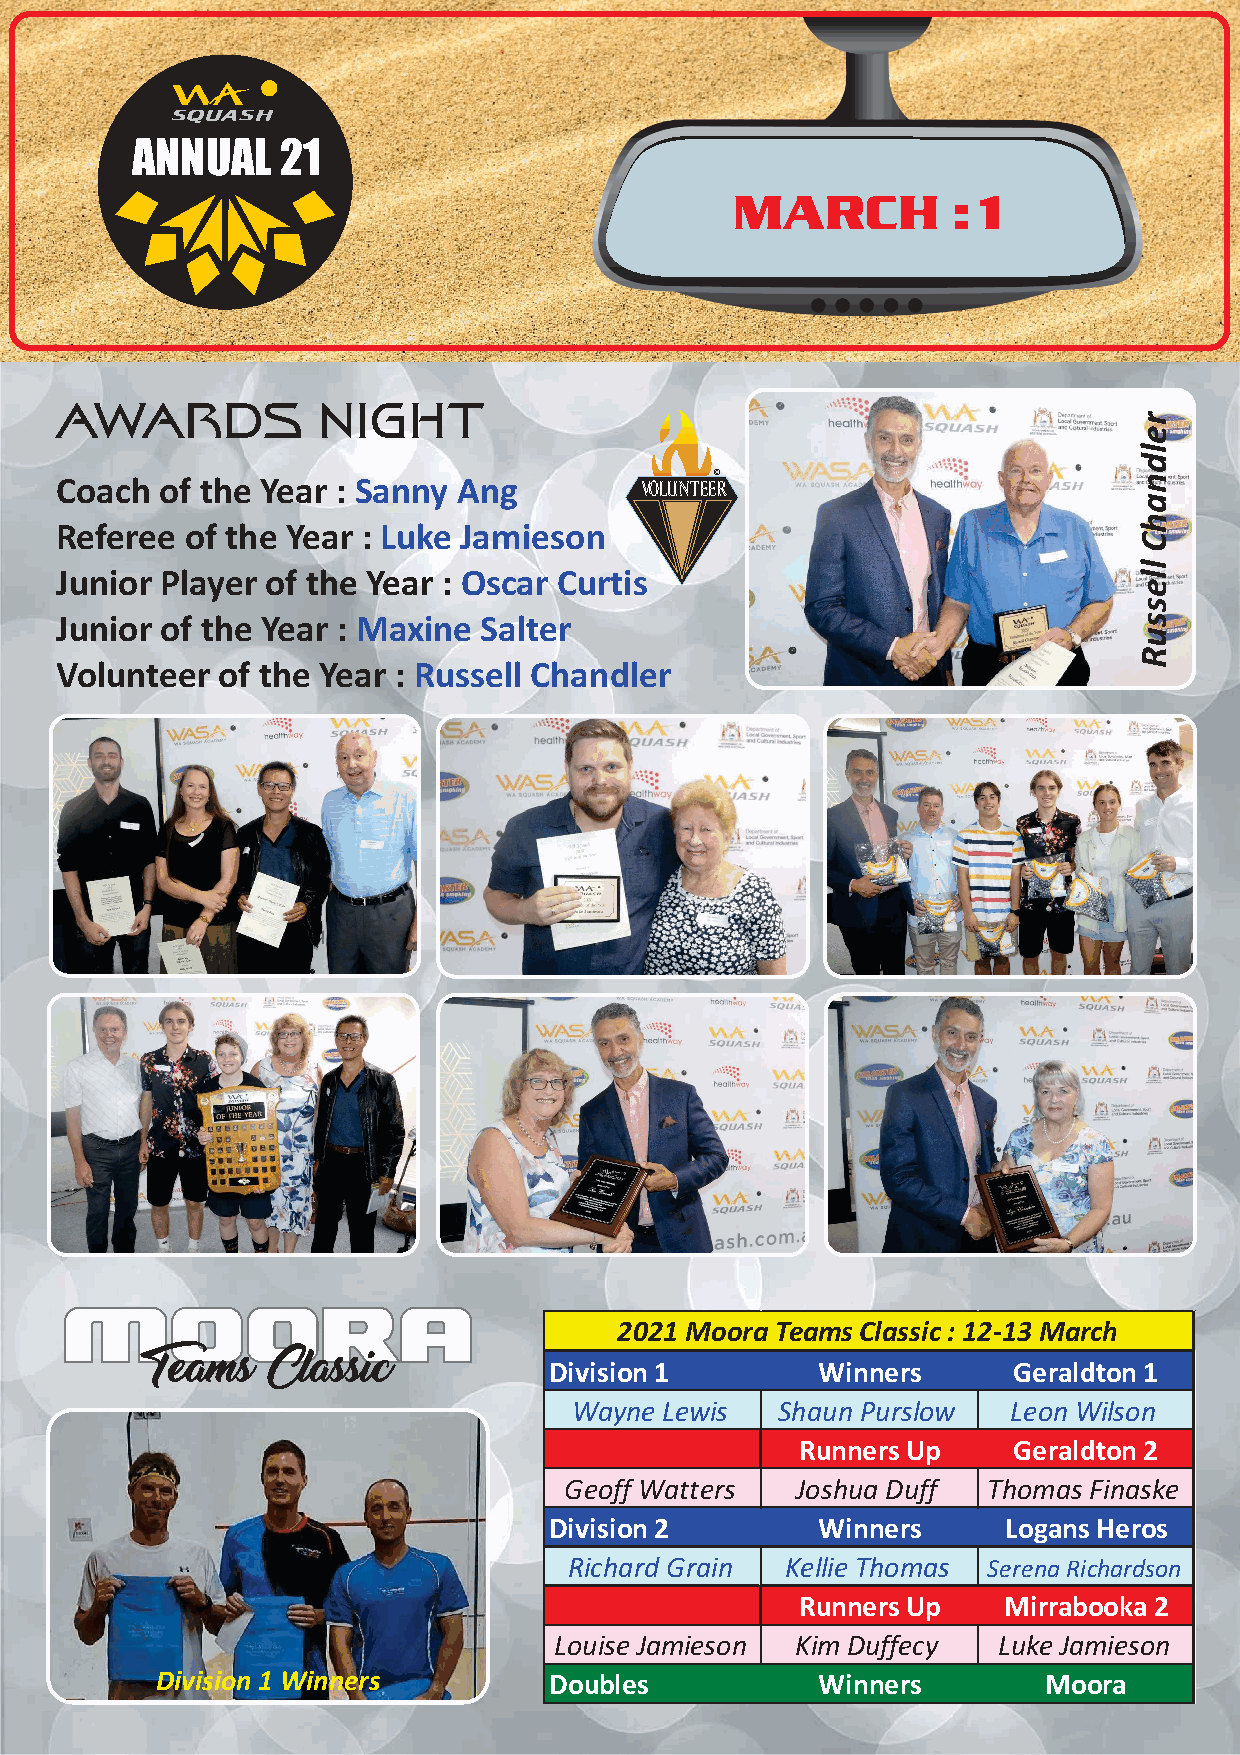
ANNUAL    21
 MARCH         :1
 AWARDS           NIGHT
 r
 e
 l
 d
 Coach  of the Year : Sanny Ang        VOLUNTEE©R                       n
 a
 Referee of the Year : Luke Jamieson                                    h
 C
 Junior Player of the Year : Oscar Curtis                               ll
 e
 s
 Junior of the Year : Maxine Salter                                     s
 u
 R
 Volunteer of the Year : Russell Chandler
 MOORA
 2021 Moora Teams Classic:12-13 March
 Division1         Winners      Geraldton1
 Teams   Classic
 Wayne Lewis   Shaun Purslow  Leon Wilson
 RunnersUp     Geraldton2
 Geoff Watters   Joshua Duff Thomas Finaske
 Division2         Winners      LogansHeros
 Richard Grain Kellie Thomas SerenaRichardson
 RunnersUp    Mirrabooka2
 Louise Jamieson KimDuffecy   Luke Jamieson
 Division 1 Winners        Doubles           Winners        Moora